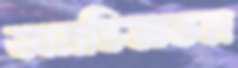
অনভিজ্ঞতম